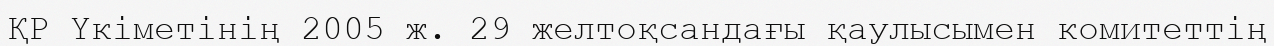
ҚР Үкіметінің 2005 ж. 29 желтоқсандағы қаулысымен комитеттің